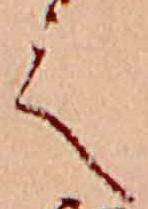
て